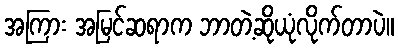
အကြား အမြင်ဆရာက ဘာတဲ့ဆိုယုံလိုက်တာပဲ။